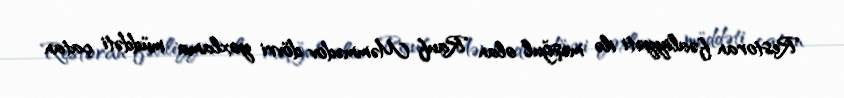
Restoran fəaliyyəti ilə məşğul olan Rauf Məmmədov dövri yoxlama müddəti çatan